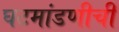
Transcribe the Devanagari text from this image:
घटमांडणीची